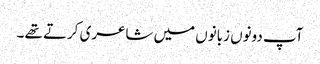
آپ دونوں زبانوں میں شاعری کرتے تھے ۔